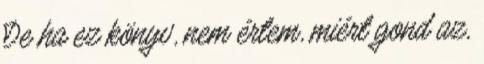
De ha ez könyv, nem értem, miért gond az,